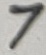
Text: 7